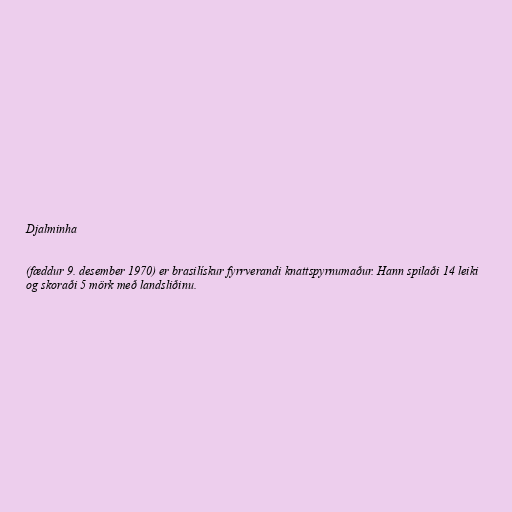
Djalminha

(fæddur 9. desember 1970) er brasilískur fyrrverandi knattspyrnumaður. Hann spilaði 14 leiki
og skoraði 5 mörk með landsliðinu.